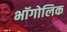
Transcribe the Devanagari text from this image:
भॉगोलिक